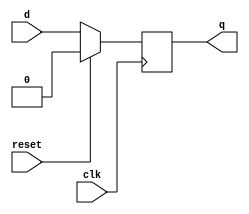
module my_flip_flop(clk,reset,d,q);
	input clk, reset, d;
	output reg q;

	always @ (posedge clk)
		
		begin
			if(reset)
				q <= 0;
			else
				q <= d;
		end    
endmodule